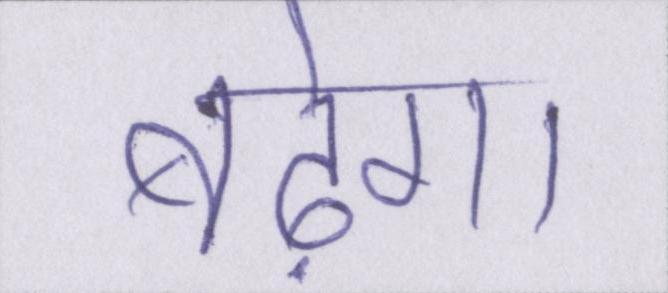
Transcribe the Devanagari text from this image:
बढ़ेगा